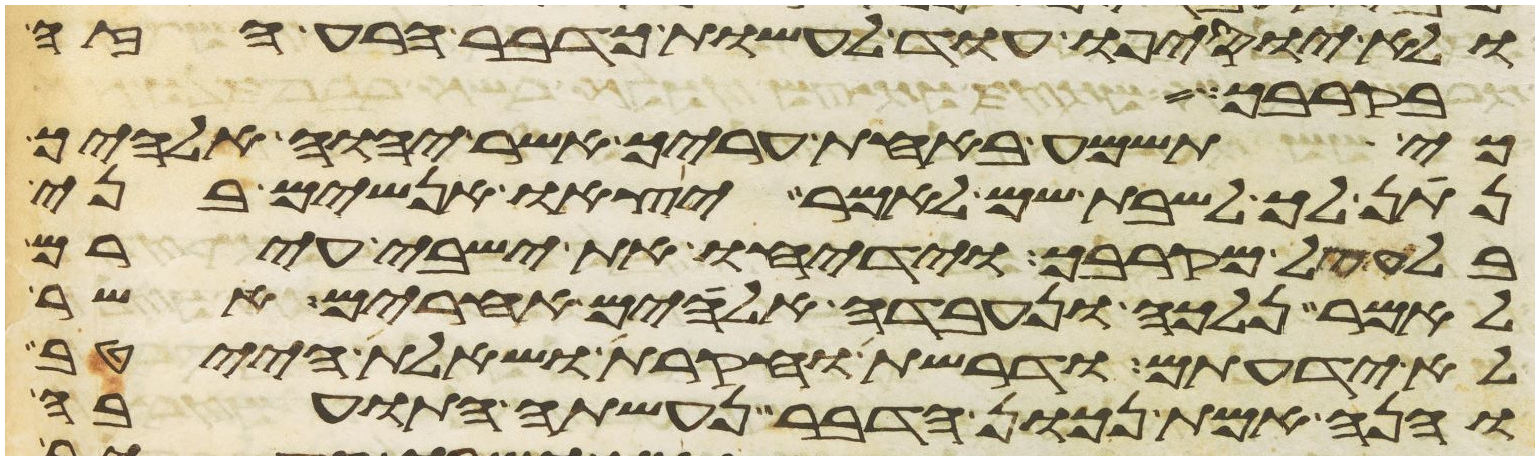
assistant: בקרב עמה ואם
בקרבך אעב הת א
כי תשמע באחת עריך אשר יהוה אלהיך
בלעיל מקרבך וידיחו את ישבי עירם
בלעקל מקרבך וידיחו את ישבי עירם
לאמר נלכה ונעבדה אלהים אחרים אשר
לא ידעתם ודרשת וחקרת ושאלת הייטב
והנה אמת נכון הדבר נעשתה התועבה